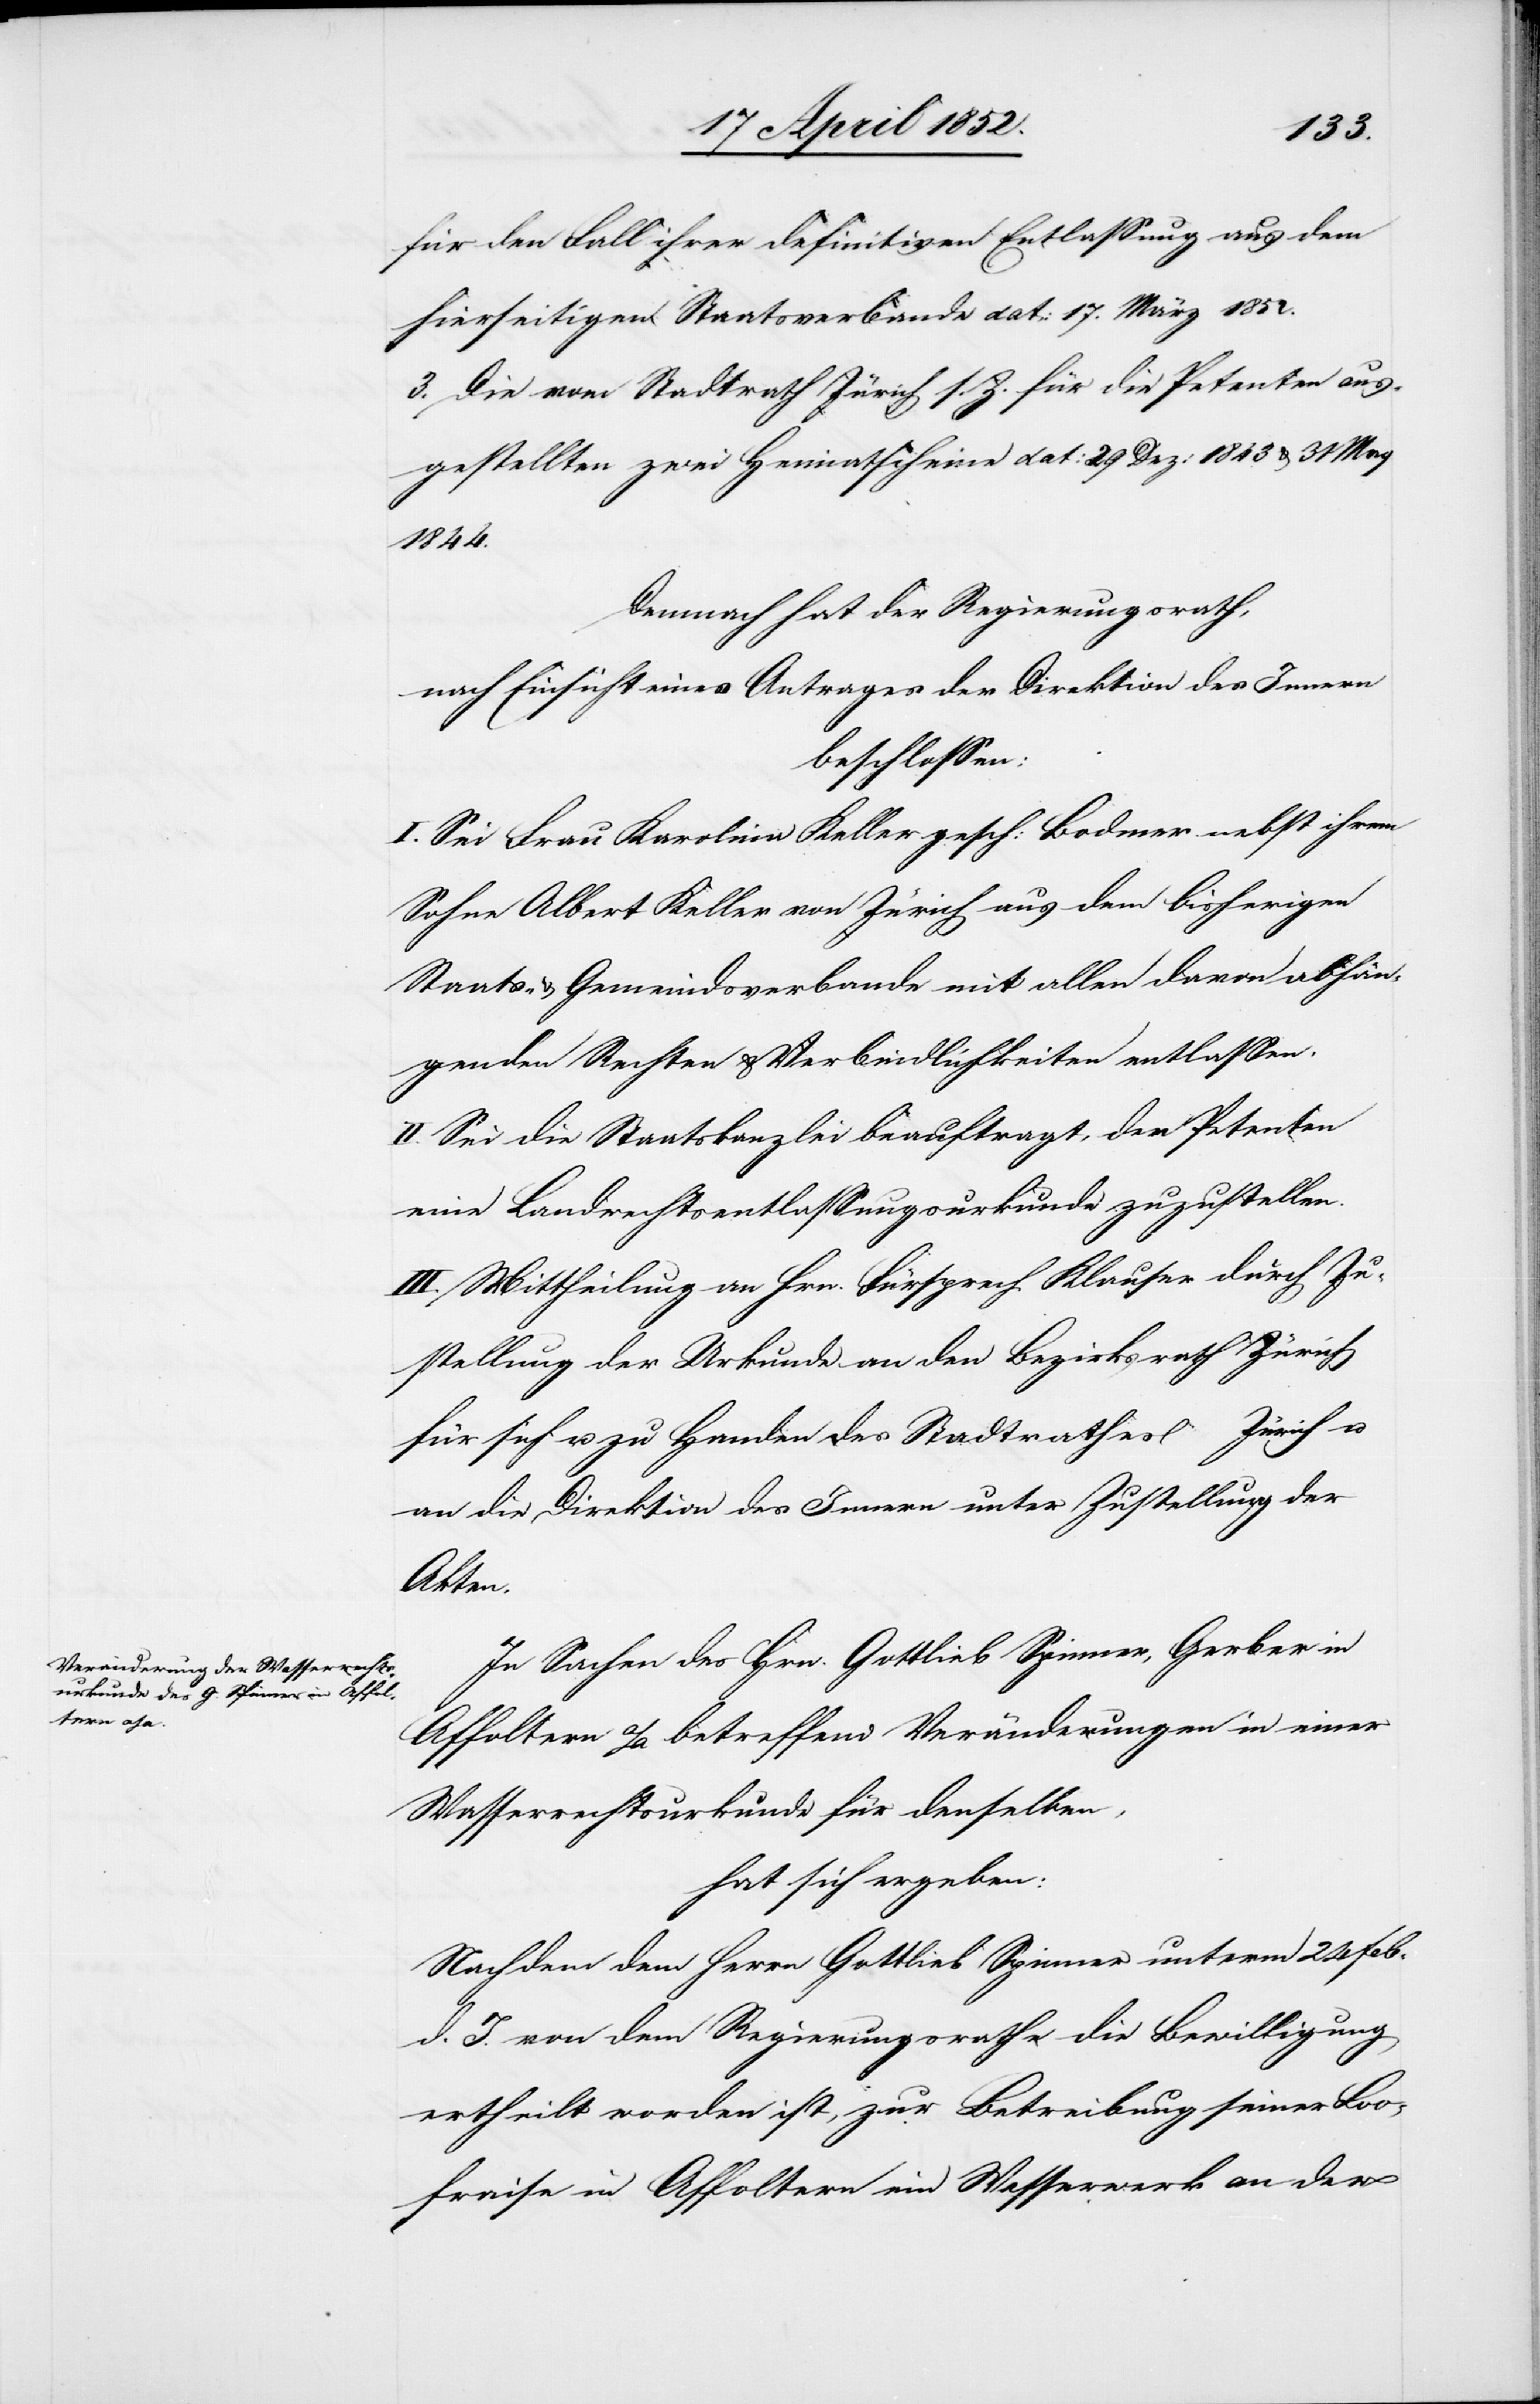
für den Fall ihrer definitiven Entlassung aus dem
hierseitigen Staatsverbande dat: 17. März 1852.
3. Die vom Stadtrath Zürich s. Z. für die Petenten aus¬
gestellten zwei Heimatscheine dat: 29 Dez: 1843 & 31 May
1844.
Demnach hat der Regierungsrath,
nach Einsicht eines Antrages der Direktion des Innern
beschlossen:
I. Sei Frau Karolina Keller gesch: Bodmer nebst ihrem
Sohne Albert Keller von Zürich aus dem bisherigen
Staats- & Gemeindsverbande mit allen davon abhän¬
genden Rechten & Verbindlichkeiten entlassen.
II. Sei die Staatskanzlei beauftragt, den Petenten
eine Landrechtsentlassungsurkunde zuzustellen.
III. Mittheilung an Hrn. Fürsprech Klauser durch Zu¬
stellung der Urkunde[,] an den Bezirksrath Zürich
für sich u. zu Handen des Stadtrathes Zürich u.
an die Direktion des Innern unter Zustellung der
Akten.
In Sachen des Hrn. Gottlieb Spinner, Gerber in
Affoltern a/a betreffend Veränderungen in einer
Wasserrechtsurkunde für denselben,
hat sich ergeben:
Nachdem dem Herrn Gottlieb Spinner unterm 24 Feb.
d. J. von dem Regierungsrathe die Bewilligung
ertheilt worden ist, zur Betreibung seiner Loo¬
fraise in Affoltern ein Wasserwerk an der